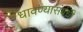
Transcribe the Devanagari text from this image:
धावण्यासंबंधी